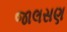
જાલસણ